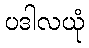
ပဒါလယုံ